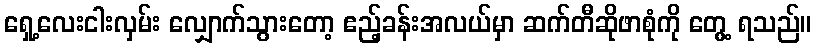
ရှေ့လေးငါးလှမ်း လျှောက်သွားတော့ ဧည့်ခန်းအလယ်မှာ ဆက်တီဆိုဖာစုံကို တွေ့ ရသည်။